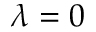
\lambda = 0